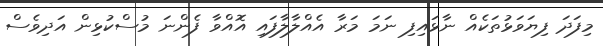
މިފަދަ ފިޔަވަޅުތަކެއް ނާޅައިފި ނަމަ މަރާ އެއްލާލާފައި އޮއްވާ ފެންނަ މުސްކުޅިން އަދިވެސް